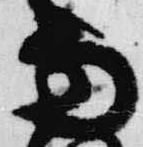
雨